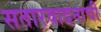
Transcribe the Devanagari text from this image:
सतारवादनाची